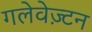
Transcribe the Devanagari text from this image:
गलेवेज़्टन